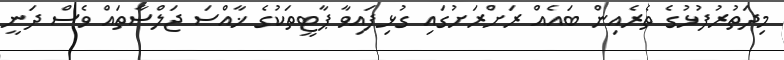
މިދަތުރުފުޅުގެ ތެރެއިން ބައެއް ރަށްރަށުގައި ގުޅިފައިވާ ޕާޓީތަކުގެ ޚާއްސަ ޖަލްސާތައް ވެސް ދަނީ